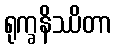
ရုက္ခနိဿိတာ